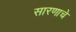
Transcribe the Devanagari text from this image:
सारणाचे